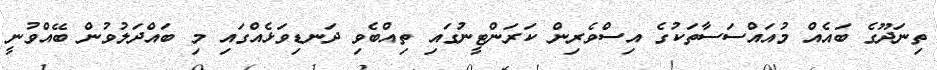
ތިނަދޫގެ ބައެއް މުއައްސަސާތަކުގެ އިސްވެރިން ކަރަންޓީނުގައި ތިއްބެވި ދަނޑިވަޅެއްގައި މި ބައްދަލުވުން ބޭއްވުނީ